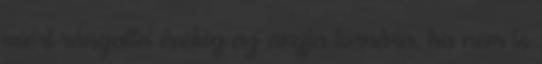
miért rángatta évekig az anyja tornára, ha nem is